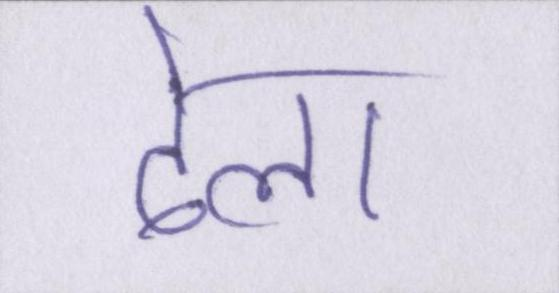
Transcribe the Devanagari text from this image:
ढेला